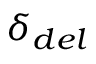
\delta _ { d e l }